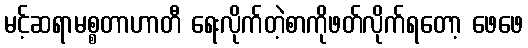
မင့်ဆရာမစ္စတာဟာတီ ရေးလိုက်တဲ့စာကိုဖတ်လိုက်ရတော့ ဖေဖေ